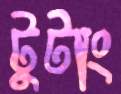
টুটাং